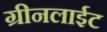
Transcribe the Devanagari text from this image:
ग्रीनलाईट